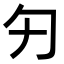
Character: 𠣌